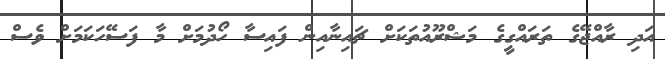
އަދި ރާއްޖޭގެ ތަރައްގީގެ މަޝްރޫއުތަކަށް ޗައިނާއިން ފައިސާ ހޯދުމަށް މާ ފަސޭހަކަމަށް ވެސް